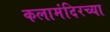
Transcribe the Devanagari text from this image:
कलामंदिरच्या